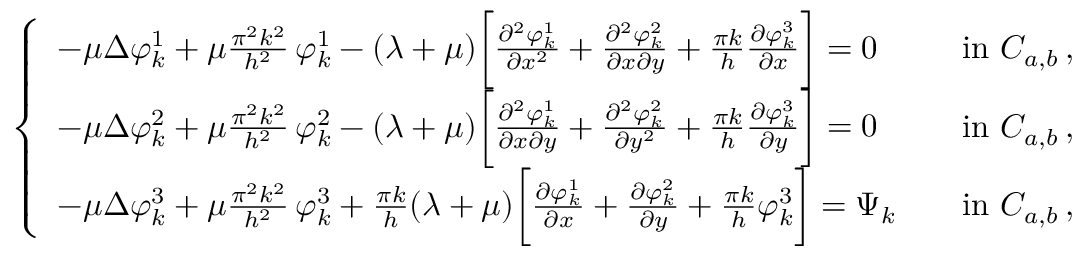
\left\{ \begin{array} { l l } { - \mu \Delta \varphi _ { k } ^ { 1 } + \mu \frac { \pi ^ { 2 } k ^ { 2 } } { h ^ { 2 } } \, \varphi _ { k } ^ { 1 } - ( \lambda + \mu ) \bigg [ \frac { \partial ^ { 2 } \varphi _ { k } ^ { 1 } } { \partial x ^ { 2 } } + \frac { \partial ^ { 2 } \varphi _ { k } ^ { 2 } } { \partial x \partial y } + \frac { \pi k } h \frac { \partial \varphi _ { k } ^ { 3 } } { \partial x } \bigg ] = 0 \quad } & { \mathrm { i n ~ } C _ { a , b } \, , } \\ { - \mu \Delta \varphi _ { k } ^ { 2 } + \mu \frac { \pi ^ { 2 } k ^ { 2 } } { h ^ { 2 } } \, \varphi _ { k } ^ { 2 } - ( \lambda + \mu ) \bigg [ \frac { \partial ^ { 2 } \varphi _ { k } ^ { 1 } } { \partial x \partial y } + \frac { \partial ^ { 2 } \varphi _ { k } ^ { 2 } } { \partial y ^ { 2 } } + \frac { \pi k } h \frac { \partial \varphi _ { k } ^ { 3 } } { \partial y } \bigg ] = 0 \quad } & { \mathrm { i n ~ } C _ { a , b } \, , } \\ { - \mu \Delta \varphi _ { k } ^ { 3 } + \mu \frac { \pi ^ { 2 } k ^ { 2 } } { h ^ { 2 } } \, \varphi _ { k } ^ { 3 } + \frac { \pi k } h ( \lambda + \mu ) \bigg [ \frac { \partial \varphi _ { k } ^ { 1 } } { \partial x } + \frac { \partial \varphi _ { k } ^ { 2 } } { \partial y } + \frac { \pi k } h \varphi _ { k } ^ { 3 } \bigg ] = \Psi _ { k } \quad } & { \mathrm { i n ~ } C _ { a , b } \, , } \end{array} \right.